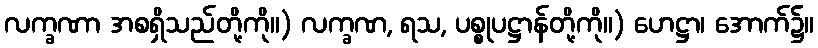
လက္ခဏာ အစရှိသည်တို့ကို။) လက္ခဏ, ရသ, ပစ္စုပဋ္ဌာန်တို့ကို။) ဟေဋ္ဌာ၊ အောက်၌။